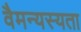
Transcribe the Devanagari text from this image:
वैमन्यस्यता